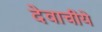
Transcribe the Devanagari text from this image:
देवाचीये